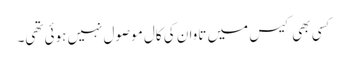
کسی بھی کیس میں تاوان کی کال موصول نہیں ہوئی تھی۔